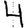
Digit: 4